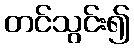
တင်သွင်း၍